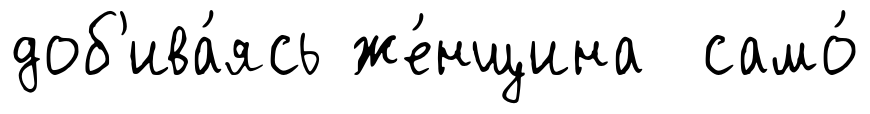
доб'ива́ясь же́нщина само́